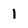
Character: 1